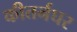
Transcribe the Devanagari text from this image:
कीतर्नघर